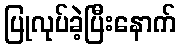
ပြုလုပ်ခဲ့ပြီးနောက်